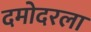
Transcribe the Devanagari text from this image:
दमोदरला